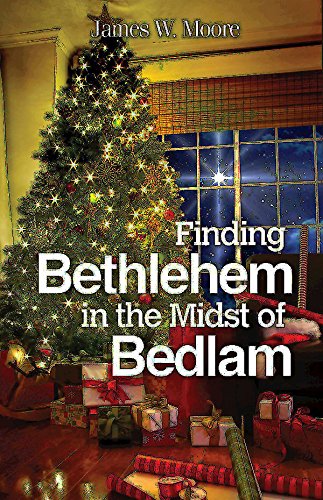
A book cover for Finding Bethlehem in the Midst of Bedlam: An Advent Study; James W. Moore; Christian Books & Bibles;